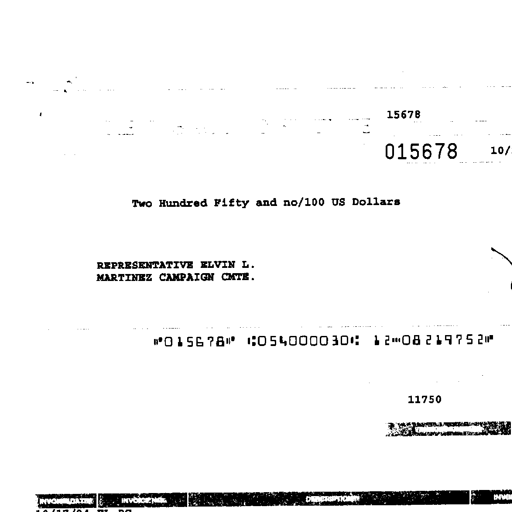
Transcript:
15678
015678
Two Hundred Fifty and no/100 US Dollars
REPRESENTATIVE ELVIN L.
MARTINEZ CAMPAIGN CMTE.
015678 054000030 1208219752
11750
INVOICE DATE INVOICE NO. DESCRIPTION